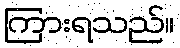
ကြားရသည်။